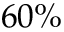
6 0 \%